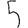
Digit: 5